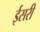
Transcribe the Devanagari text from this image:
ईसरी